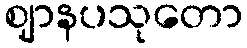
ဈာနပသုတော